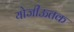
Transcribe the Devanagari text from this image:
योजीऊतक